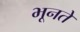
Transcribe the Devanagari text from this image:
भूनते